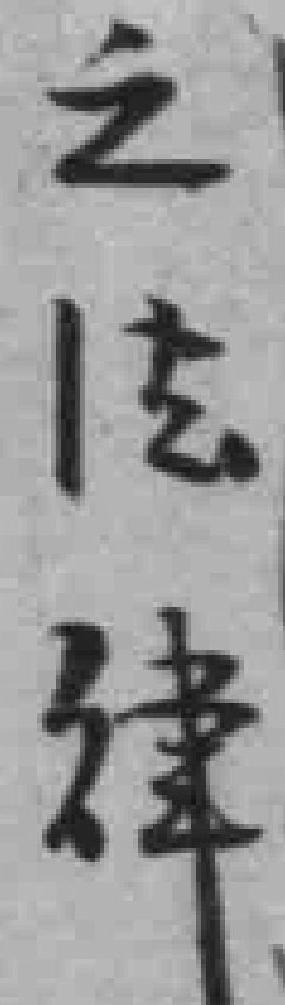
之法律